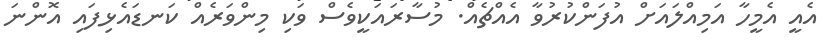
އެއީ އެމީހާ އަމިއްލައަށް އުފަންކުރުވާ އެއްޗެއް. މުސާރައަކީވެސް ވަކި މިންވަރެއް ކަނޑައެޅިފައި އޮންނަ